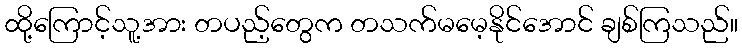
ထို့ကြောင့်သူ့အား တပည့်တွေက တသက်မမေ့နိုင်အောင် ချစ်ကြသည်။